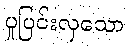
ပူပြင်းလှသော